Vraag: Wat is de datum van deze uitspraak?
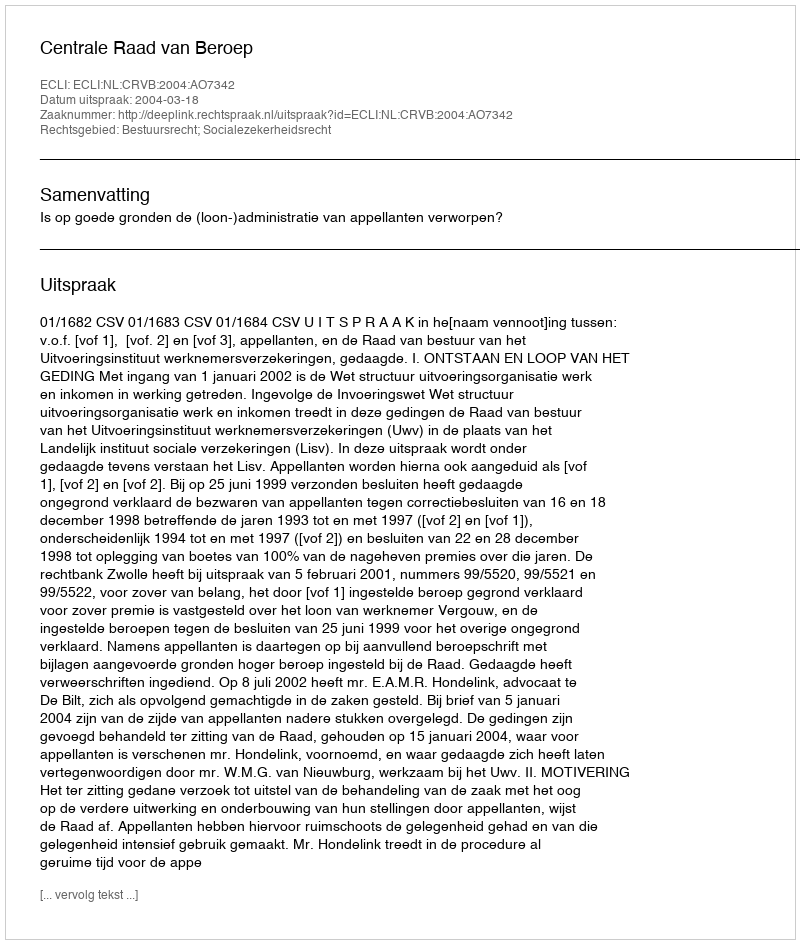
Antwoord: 2004-03-18